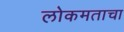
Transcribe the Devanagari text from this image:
लोकमताचा